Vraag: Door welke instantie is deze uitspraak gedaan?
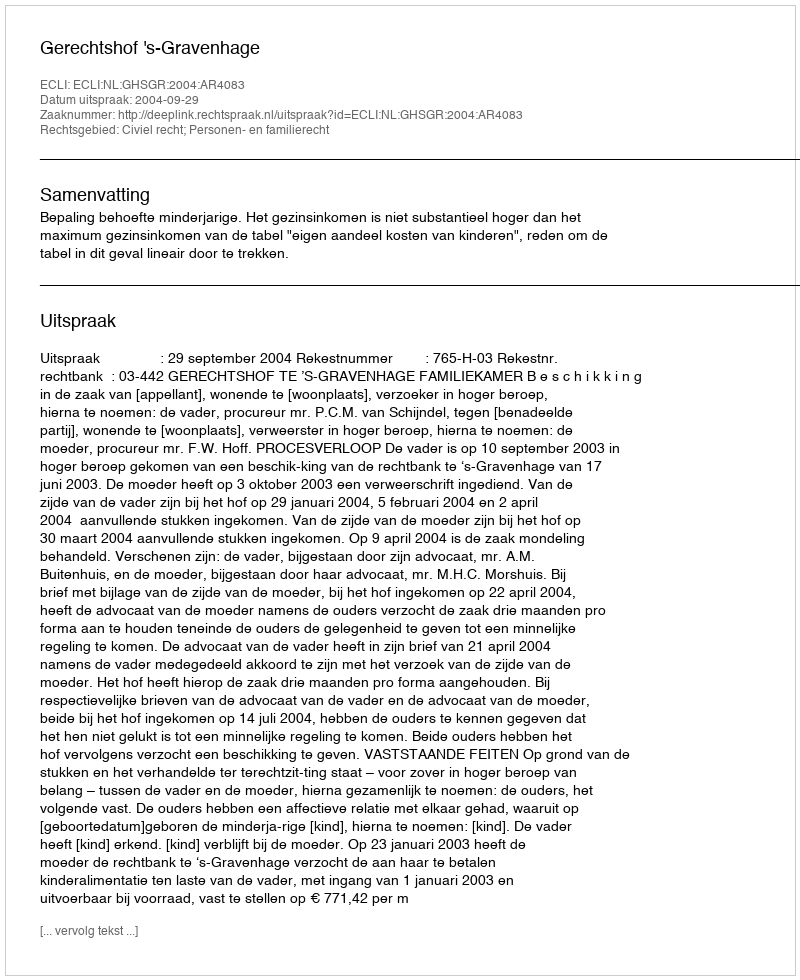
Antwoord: Gerechtshof 's-Gravenhage